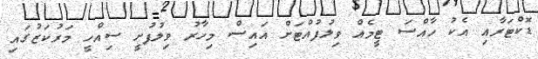
ޑޮކްޓަރާއި އެކު ހާއްސަ ޓީމެއް ވިލުފުއްޓަށް އައިސް މިހާރު ވިލުފުށީ ސިއްހީ މަރުކަޒުގައި